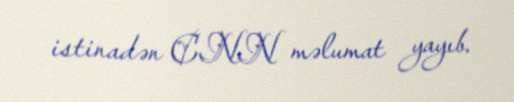
istinadən CNN məlumat yayıb.